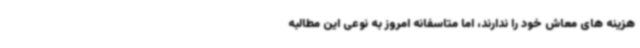
هزینه های معاش خود را ندارند، اما متاسفانه امروز به نوعی این مطالبه